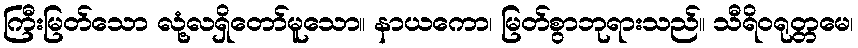
ကြီးမြတ်သော လုံ့လရှိတော်မူသော။ နာယကော၊ မြတ်စွာဘုရားသည်။ သီရိဝရုတ္တမေ၊